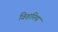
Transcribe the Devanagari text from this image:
विशनिच